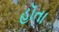
હૉતા